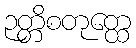
ဉတ္တိစတုတ္ထေ